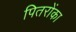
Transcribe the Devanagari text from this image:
पितरोंका